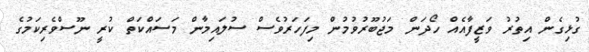
ގުޅިގެން އިތުރު ވަޒީފާއެއް ހޯދަން މަޖުބޫރުވުމުން މިފަހަރުވެސް ސުލައިމާން މަސައްކަތް ކުރީ ނޫސްވެރިކަމުގެ